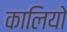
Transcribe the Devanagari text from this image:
कालियो